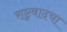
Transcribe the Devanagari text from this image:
राष्ट्रवादचा